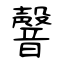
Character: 韾